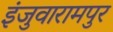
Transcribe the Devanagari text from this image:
इंजुवारामपुर